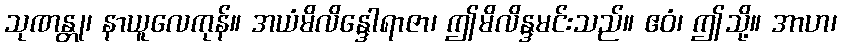
သုဏန္တု၊ နာယူလေကုန်။ အယံမိလိန္ဒေါရာဇာ၊ ဤမိလိန္ဒမင်းသည်။ ဧဝံ၊ ဤသို့။ အာဟ၊